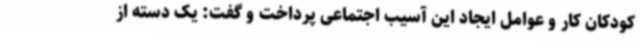
کودکان کار و عوامل ایجاد این آسیب اجتماعی پرداخت و گفت: یک دسته از